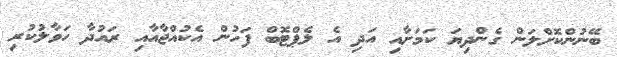
ބޭނުންކޮށްލަން ގެންދިޔަ ކަމަށާއި އަދި އެ ލެޕްޓޮބް ފަހުން އެކުއްޖާއާއި ރައުދާ ހަވާލުކުރި